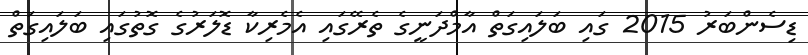
ޑިސެންބަރު 2015 ގައި ބަލައިގަތް އާމްދަނީގެ ތެރޭގައި އެމެރިކާ ޑޮލަރުގެ ގޮތުގައި ބަލައިގަތް